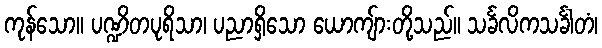
ကုန်သော။ ပဏ္ဍိတပုရိသာ၊ ပညာရှိသော ယောကျ်ားတို့သည်။ သင်္ခလိကသင်္ခါတံ၊